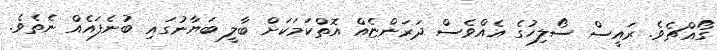
ގޯއްޗެވެ. ރައީސް ސޯލިހުގެ އެއްވެސް ދަރަންޏެއް އޮތްކަމަކަށް ބާލީ ބަޔާނުގައި ބުނެފައެއް ނެތެވެ.